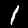
Label: 1